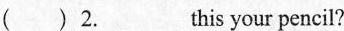
( ) 2._this your pencil?